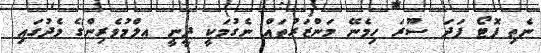
ނެތި ފޮޓޯ ފަދަ ސޫރަ ހިމެނޭ މަންޒަރުތައް ނެގުމަކީ ދީނީ އލްމުވެރިންގެ މެދުގައި